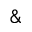
\&